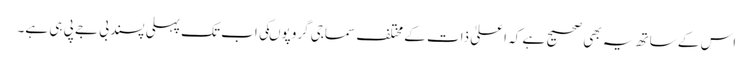
اس کے ساتھ یہ بھی صحیح ہے کہ اعلیٰ ذات کے مختلف سماجی گروپوںکی اب تک پہلی پسند بی جے پی ہی ہے۔